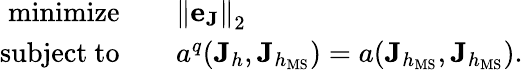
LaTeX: \begin{array}{r}{\begin{array}{rl}{\mathrm{minimize}\quad}&{{\| \mathbf{e}_{\mathbf{J}}\| }_{2}}\\ {\mathrm{subject~to}\quad}&{a^{q}(\mathbf{J}_{h},\mathbf{J}_{h_{\mathrm{MS}}})=a(\mathbf{J}_{h_{\mathrm{MS}}},\mathbf{J}_{h_{\mathrm{MS}}}).}\end{array}}\end{array}